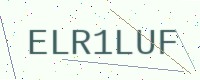
Text: ELR1LUF